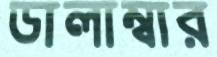
ডালাম্বার